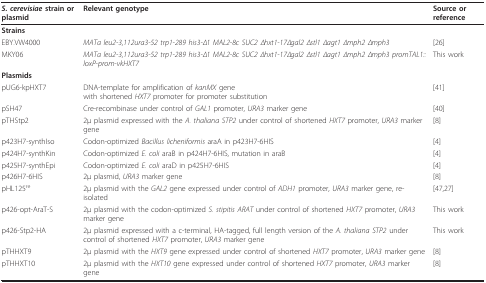
<table><thead><tr><td><b><i>S. cerevisiae </i>strain or plasmid</b></td><td><b>Relevant genotype</b></td><td><b>Source or reference</b></td></tr></thead><tbody><tr><td><b>Strains</b></td><td></td><td></td></tr><tr><td>EBY.VW4000</td><td><i>MATa leu2-3,112ura3-52 trp1-289 his3-Δ1 MAL2-8c SUC2 Δhxt1-17Δgal2 Δstl1 Δagt1 Δmph2 Δmph3</i></td><td>[26]</td></tr><tr><td>MKY06</td><td><i>MATa leu2-3,112ura3-52 trp1-289 his3-Δ1 MAL2-8c SUC2 Δhxt1-17Δgal2 Δstl1 Δagt1 Δmph2 Δmph3 promTAL1::loxP-prom-vkHXT7</i></td><td>This work</td></tr><tr><td><b>Plasmids</b></td><td></td><td></td></tr><tr><td>pUG6-kpHXT7</td><td>DNA-template for amplification of <i>kanMX </i>genewith shortened <i>HXT7 </i>promoter for promoter substitution</td><td>[41]</td></tr><tr><td>pSH47</td><td>Cre-recombinase under control of <i>GAL1 </i>promoter, <i>URA3 </i>marker gene</td><td>[40]</td></tr><tr><td>pTHStp2</td><td>2μ plasmid expressed with the <i>A. thaliana STP2 </i>under control of shortened <i>HXT7 </i>promoter, <i>URA3 </i>marker gene</td><td>[8]</td></tr><tr><td>p423H7-synthIso</td><td>Codon-optimized <i>Bacillus licheniformis </i>araA in p423H7-6HIS</td><td>[4]</td></tr><tr><td>p424H7-synthKin</td><td>Codon-optimized <i>E. coli </i>araB in p424H7-6HIS, mutation in araB</td><td>[4]</td></tr><tr><td>p425H7-synthEpi</td><td>Codon-optimized <i>E. coli </i>araD in p425H7-6HIS</td><td>[4]</td></tr><tr><td>p426H7-6HIS</td><td>2μ plasmid, <i>URA3 </i>marker gene</td><td>[8]</td></tr><tr><td>pHL125<sup>re</sup></td><td>2μ plasmid with the <i>GAL2 </i>gene expressed under control of <i>ADH1 </i>promoter, <i>URA3 </i>marker gene, re-isolated</td><td>[47,27]</td></tr><tr><td>p426-opt-AraT-S</td><td>2μ plasmid with the codon-optimized <i>S. stipitis ARAT </i>under control of shortened <i>HXT7 </i>promoter, <i>URA3 </i>marker gene</td><td>This work</td></tr><tr><td>p426-Stp2-HA</td><td>2μ plasmid expressed with a c-terminal, HA-tagged, full length version of the <i>A. thaliana STP2 </i>under control of shortened <i>HXT7 </i>promoter, <i>URA3 </i>marker gene</td><td>This work</td></tr><tr><td>pTHHXT9</td><td>2μ plasmid with the <i>HXT9 </i>gene expressed under control of shortened <i>HXT7 </i>promoter, <i>URA3 </i>marker gene</td><td>[8]</td></tr><tr><td>pTHHXT10</td><td>2μ plasmid with the <i>HXT10 </i>gene expressed under control of shortened <i>HXT7 </i>promoter, <i>URA3 </i>marker gene</td><td>[8]</td></tr></tbody></table>